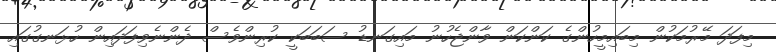
މިފަދަ މޭރުމަކުން މިބައިމީހުންގެ ކަންކަން ވާންޖެހުނު މައިގަނޑު ސަބަބަކީ ކުރިންވެސް ދެންނެވިފަދައިން ހުޅަނގުގައި